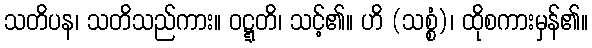
သတိပန၊ သတိသည်ကား။ ဝဋ္ဋတိ၊ သင့်၏။ ဟိ (သစ္စံ)၊ ထိုစကားမှန်၏။